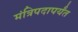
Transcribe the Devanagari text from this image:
मंत्रिपदापर्यंत